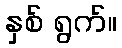
နှစ် ရွက်။